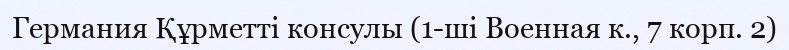
Германия Құрметті консулы (1-ші Военная к., 7 корп. 2)